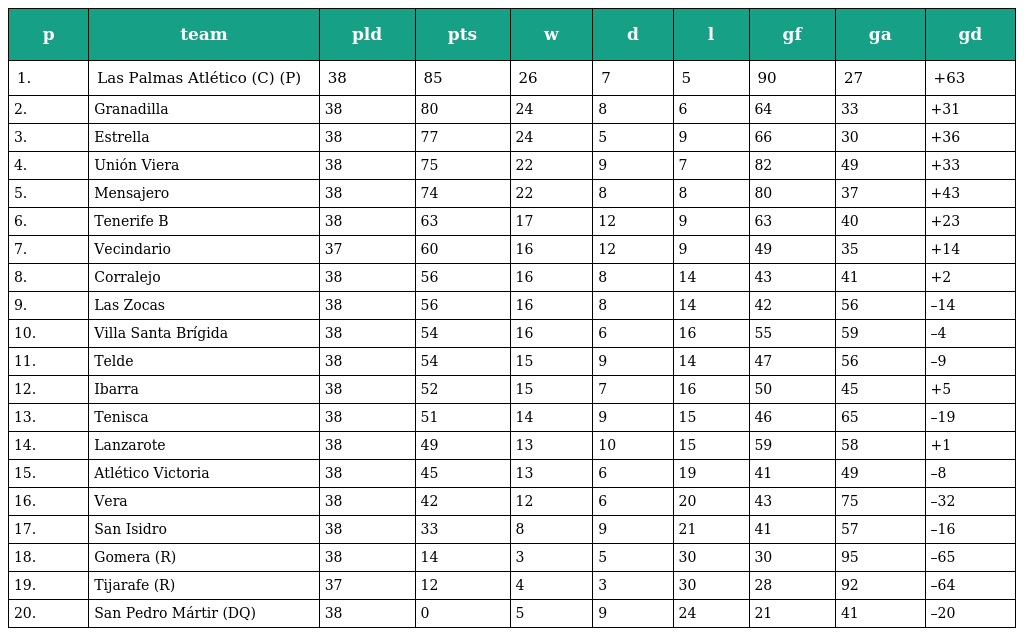
| p | team | pld | pts | w | d | l | gf | ga | gd |
 | --- | --- | --- | --- | --- | --- | --- | --- | --- | --- |
 | 1. | Las Palmas Atlético (C) (P) | 38 | 85 | 26 | 7 | 5 | 90 | 27 | +63 |
 | 2. | Granadilla | 38 | 80 | 24 | 8 | 6 | 64 | 33 | +31 |
 | 3. | Estrella | 38 | 77 | 24 | 5 | 9 | 66 | 30 | +36 |
 | 4. | Unión Viera | 38 | 75 | 22 | 9 | 7 | 82 | 49 | +33 |
 | 5. | Mensajero | 38 | 74 | 22 | 8 | 8 | 80 | 37 | +43 |
 | 6. | Tenerife B | 38 | 63 | 17 | 12 | 9 | 63 | 40 | +23 |
 | 7. | Vecindario | 37 | 60 | 16 | 12 | 9 | 49 | 35 | +14 |
 | 8. | Corralejo | 38 | 56 | 16 | 8 | 14 | 43 | 41 | +2 |
 | 9. | Las Zocas | 38 | 56 | 16 | 8 | 14 | 42 | 56 | –14 |
 | 10. | Villa Santa Brígida | 38 | 54 | 16 | 6 | 16 | 55 | 59 | –4 |
 | 11. | Telde | 38 | 54 | 15 | 9 | 14 | 47 | 56 | –9 |
 | 12. | Ibarra | 38 | 52 | 15 | 7 | 16 | 50 | 45 | +5 |
 | 13. | Tenisca | 38 | 51 | 14 | 9 | 15 | 46 | 65 | –19 |
 | 14. | Lanzarote | 38 | 49 | 13 | 10 | 15 | 59 | 58 | +1 |
 | 15. | Atlético Victoria | 38 | 45 | 13 | 6 | 19 | 41 | 49 | –8 |
 | 16. | Vera | 38 | 42 | 12 | 6 | 20 | 43 | 75 | –32 |
 | 17. | San Isidro | 38 | 33 | 8 | 9 | 21 | 41 | 57 | –16 |
 | 18. | Gomera (R) | 38 | 14 | 3 | 5 | 30 | 30 | 95 | –65 |
 | 19. | Tijarafe (R) | 37 | 12 | 4 | 3 | 30 | 28 | 92 | –64 |
 | 20. | San Pedro Mártir (DQ) | 38 | 0 | 5 | 9 | 24 | 21 | 41 | –20 |